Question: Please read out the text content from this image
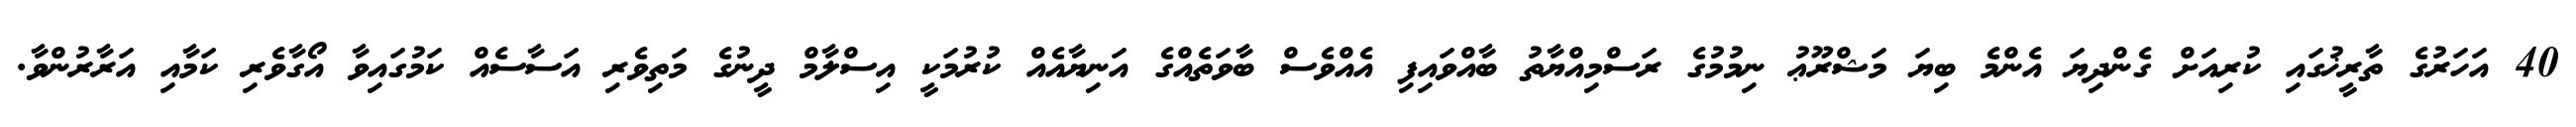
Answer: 40 އަހަރުގެ ތާރީޚުގައި ކުރިއަށް ގެންދިޔަ އެންމެ ބިޔަ މަޝްރޫޢު ނިމުމުގެ ރަސްމިއްޔާތު ބާއްވައިފި އެއްވެސް ބާވަތެއްގެ އަނިޔާއެއް ކުރުމަކީ އިސްލާމް ދީނުގެ މަތިވެރި އަސާސެއް ކަމުގައިވާ އޯގާވެރި ކަމާއި އަރާރުންވާ.